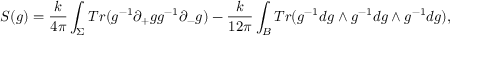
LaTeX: S ( g ) = \frac { k } { 4 \pi } \int _ { \Sigma } T r ( g ^ { - 1 } \partial _ { + } g g ^ { - 1 } \partial _ { - } g ) - \frac { k } { 1 2 \pi } \int _ { B } T r ( g ^ { - 1 } d g \wedge g ^ { - 1 } d g \wedge g ^ { - 1 } d g ) ,